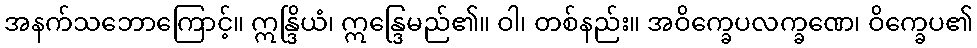
အနက်သဘောကြောင့်။ ဣန္ဒြိယံ၊ ဣန္ဒြေမည်၏။ ဝါ၊ တစ်နည်း။ အဝိက္ခေပလက္ခဏေ၊ ဝိက္ခေပ၏